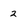
Character: 2